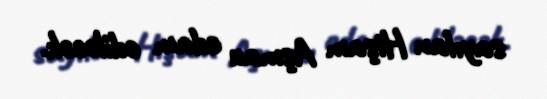
sayılan Hişam Aşmau edam ediləcək.